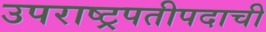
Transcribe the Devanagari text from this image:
उपराष्ट्रपतीपदाची